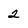
Character: 2